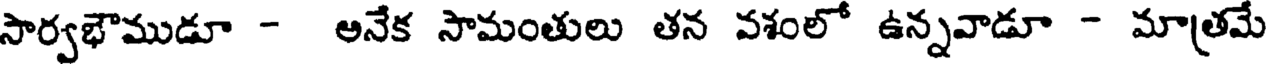
సార్వభౌముడూ - అనేక సామంతులు తన వశంలో ఉన్నవాడూ - మా(తమే